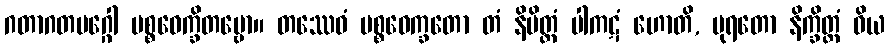
ဂတာဂတမဂ္ဂေါ ပစ္စဝေက္ခိတဗ္ဗော။ တဿေဝံ ပစ္စဝေက္ခတော တံ နိမိတ္တံ ပါကဋံ ဟောတိ, ပုရတော နိက္ခိတ္တံ ဝိယ